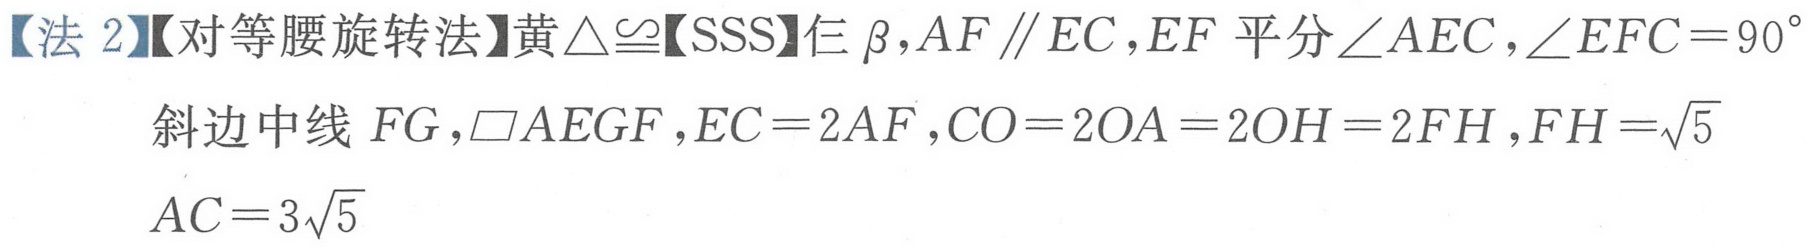
【法 2】【对等腰旋转法】黄$\triangle\cong$【SSS】仨$\beta,AF\parallel EC,EF$平分$\angle AEC,\angle EFC = 90^{\circ}$
斜边中线$FG,\square AEGF,EC = 2AF,CO = 2OA = 2OH = 2FH,FH=\sqrt{5}$
$AC = 3\sqrt{5}$